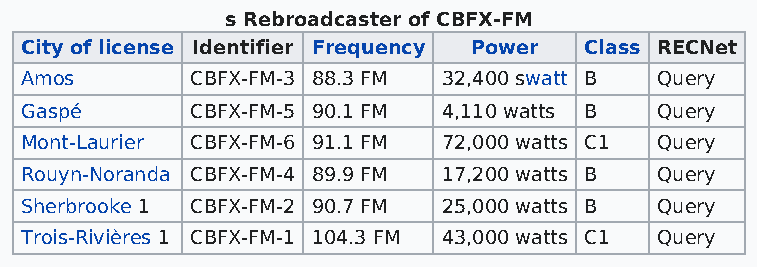
s Rebroadcaster of CBFX-FM
 City of license Identifier Frequency Power Class RECNet
 Amos        CBFX-FM-3 88.3 FM 32,400 swatt B Query
 Gaspé       CBFX-FM-5 90.1 FM 4,110 watts B Query
 Mont-Laurier CBFX-FM-6 91.1 FM 72,000 watts C1 Query
 Rouyn-Noranda CBFX-FM-4 89.9 FM 17,200 watts B Query
 Sherbrooke 1 CBFX-FM-2 90.7 FM 25,000 watts B Query
 Trois-Rivières 1 CBFX-FM-1 104.3 FM 43,000 watts C1 Query